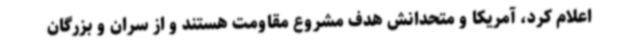
اعلام کرد، آمریکا و متحدانش هدف مشروع مقاومت هستند و از سران و بزرگان